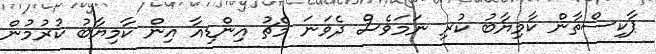
ޕާކިސްތާން ކާމިޔާބު ކުރި ނަމަވެސް ދެވަނަ މެޗު އިންޑިއާ އިން ކާމިޔާބު ކުރުމުން